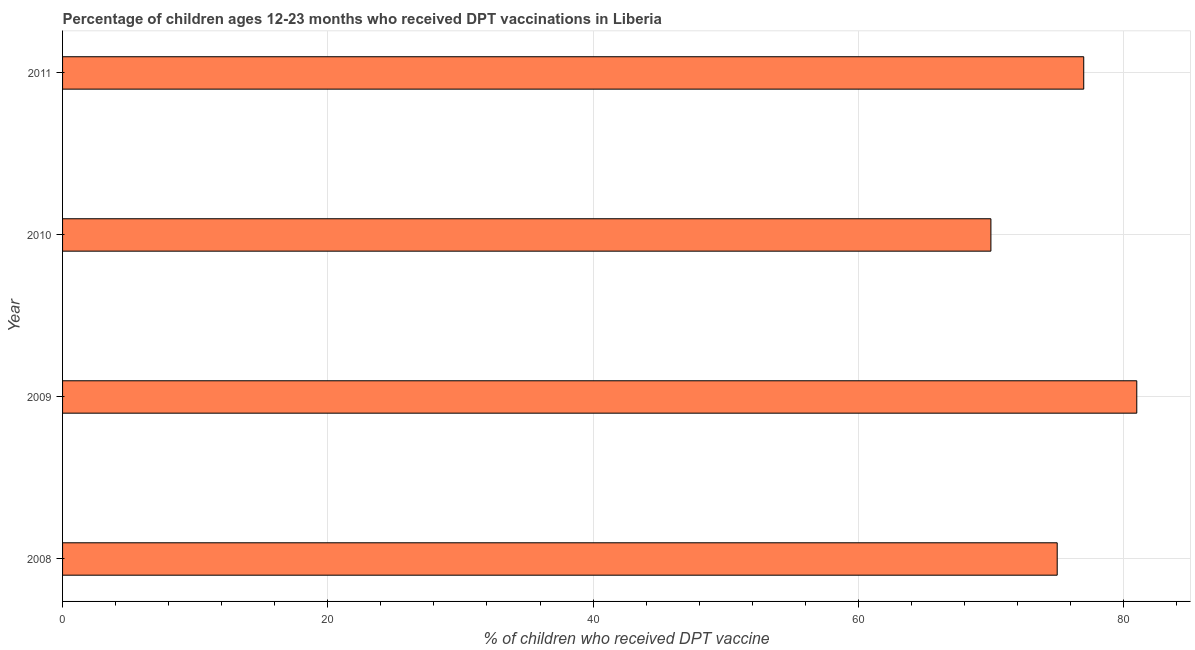
| Year | Immunization |
 | --- | --- |
 | 2008 | 75 |
 | 2009 | 81 |
 | 2010 | 70 |
 | 2011 | 77 |